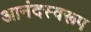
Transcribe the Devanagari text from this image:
आनंदस्वरूप